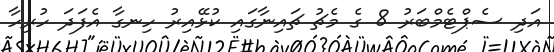
އަދި ސެޕްޓެމްބަރު 8 ގެ މެޗު ޗައިނާގައި ކުޅޭއިރު ހިނގާ އެފަދަ ހުރިހާ